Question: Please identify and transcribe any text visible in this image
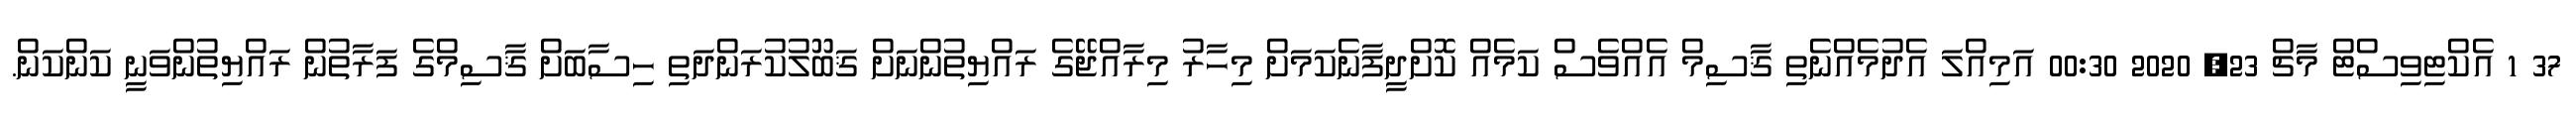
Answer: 37 1 އެކްޓިވިސްޓް މާޗް 23, 2020 00:30 އަމިއްލަ އެދުމެއްނެތި ޤާސިމް އެއްވެސް ކަމެއް ކޮށްދީފާނެކަމަށް މިހާރު މިރާއްޖޭގެ ރައްޔިތުންނަށް ޤަބޫލުކުރަންދަތި ހިސާބަށް ޤާސިމްގެ ފަރާތުން ރައްޔިތުންވަނީ ކަންކަން.